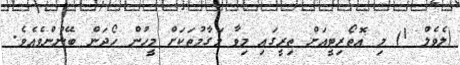
(ލެވެލް 1) މި އޮތޯރިޓީއަށް ތިރީގައި މިވާ މަގާމުތަކަށް މީހުން ހޯދަން ބޭނުންވެއެވެ.